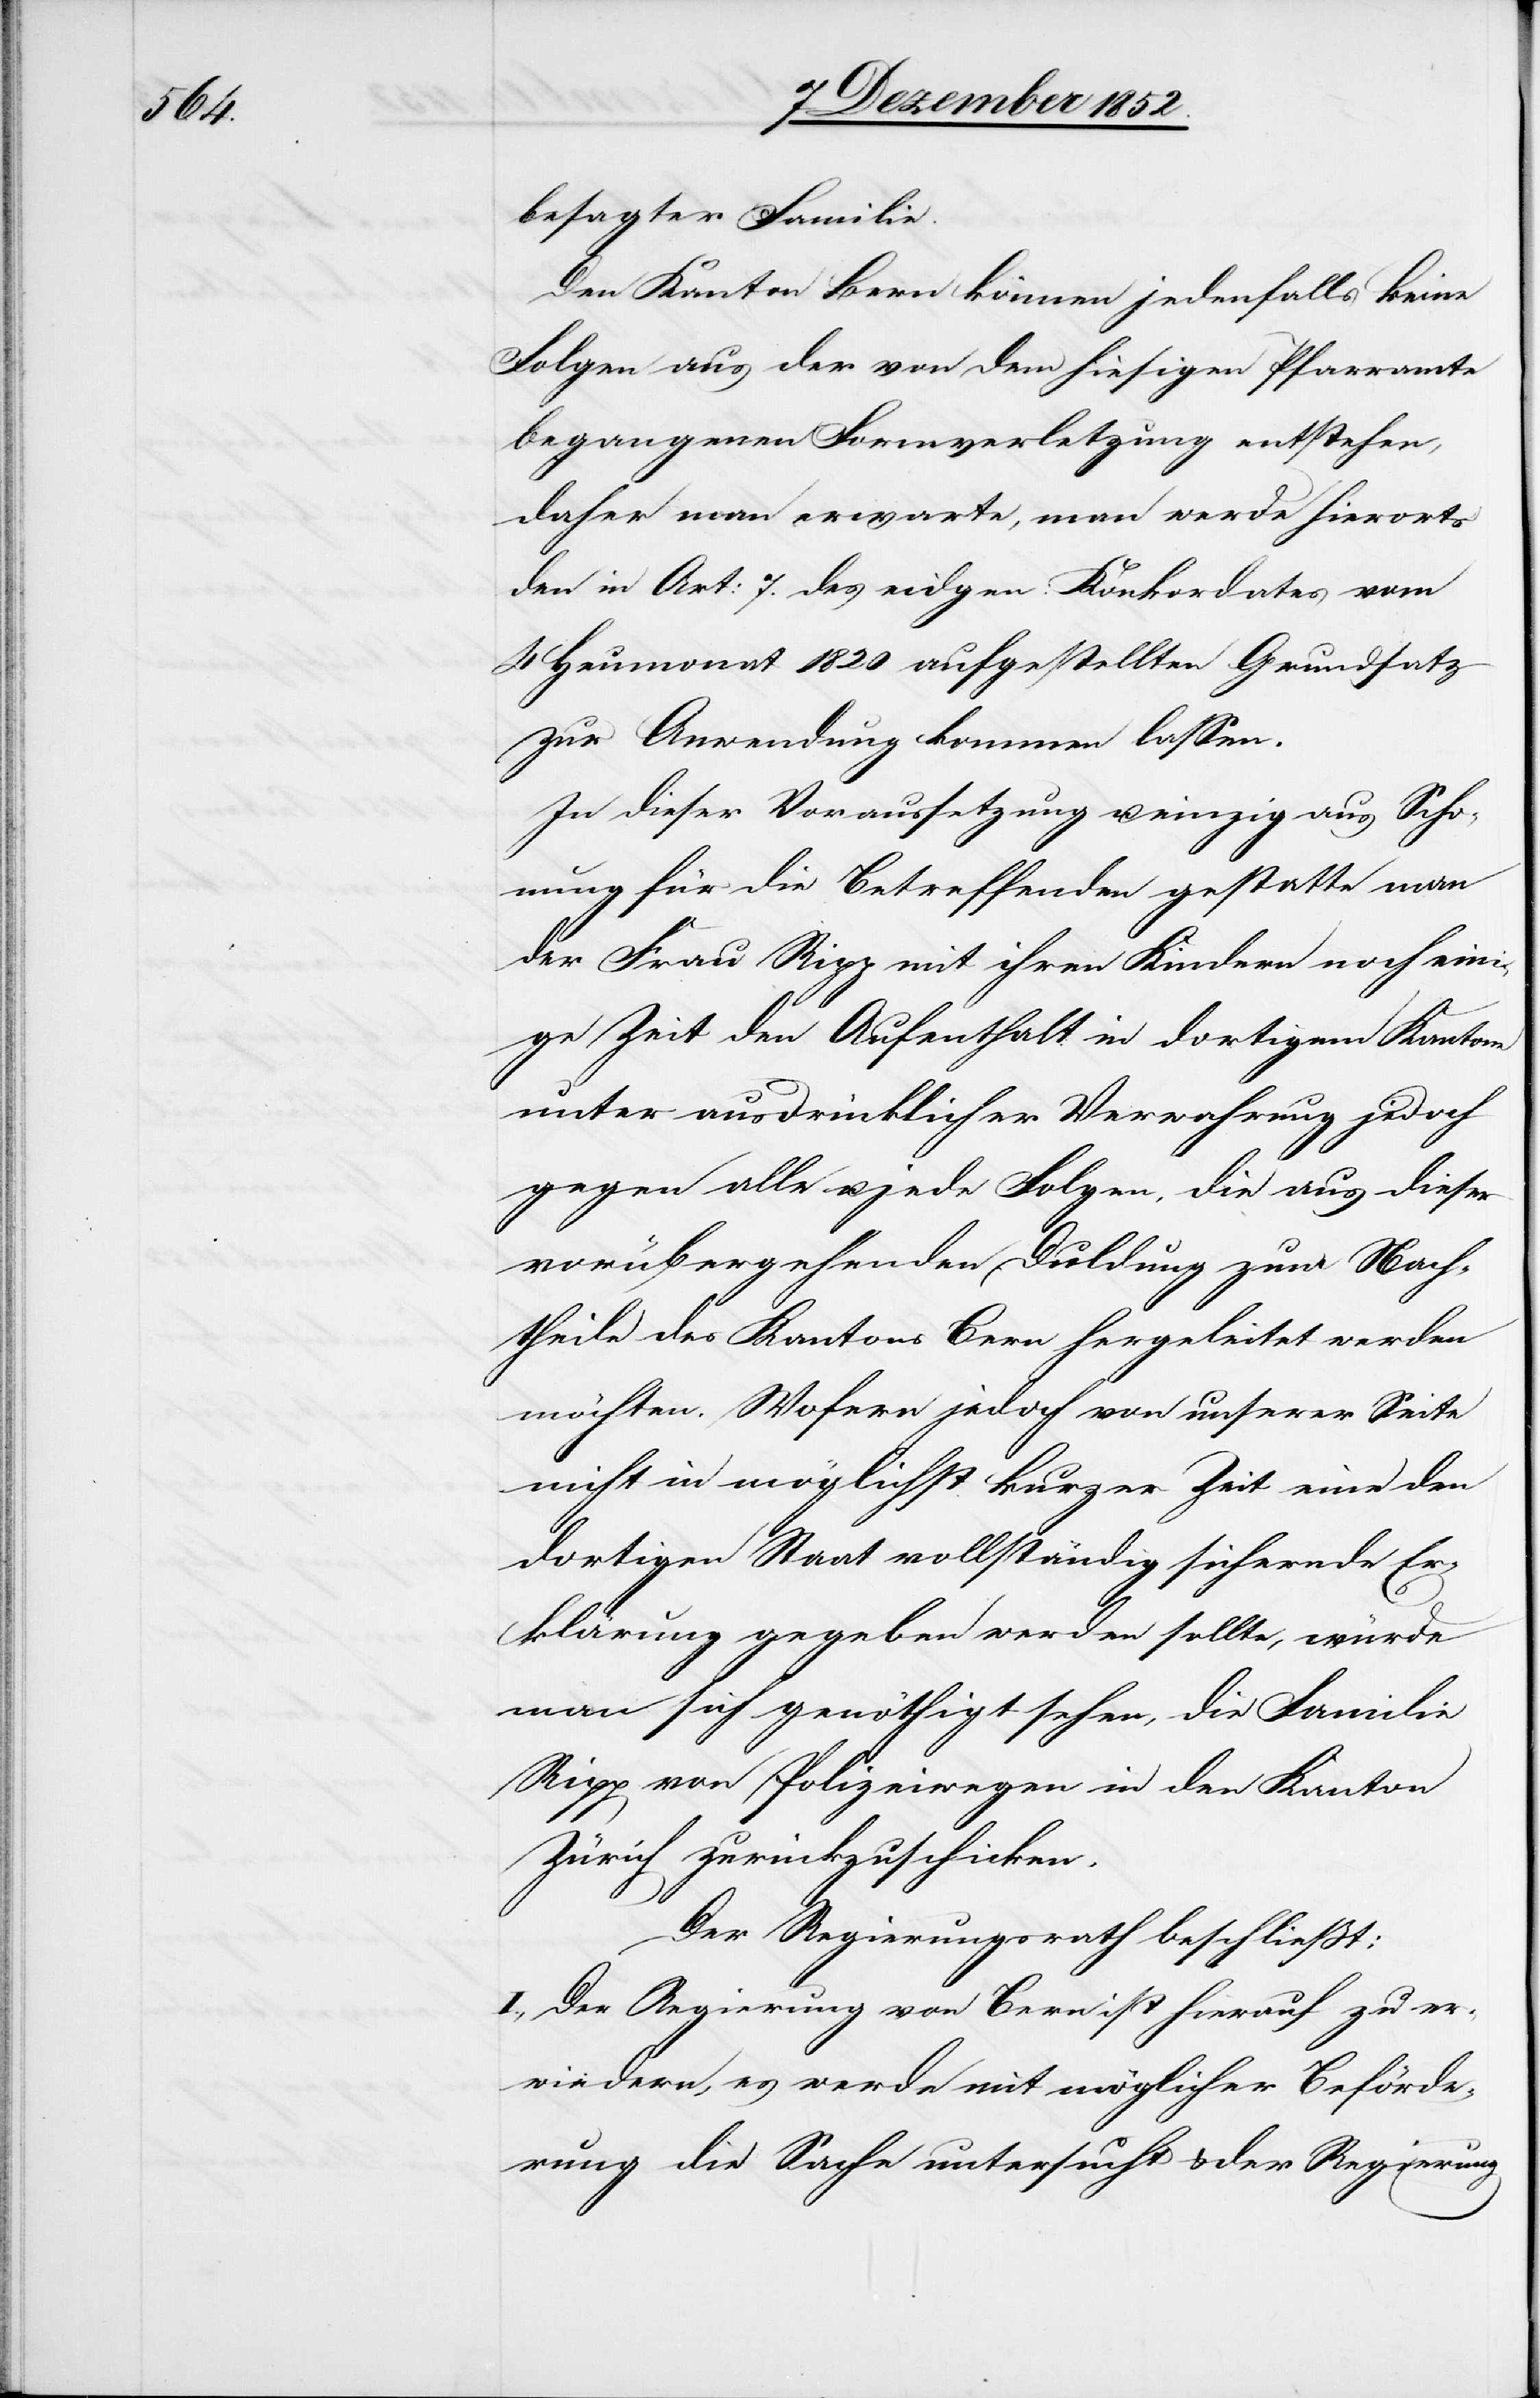
besagter Familie.
Kanton Bern können jedenfalls keine
Folgen aus der von dem hiesigen Pfarramte
begangenen Formverletzung entstehen,
daher man erwarte, man werde hierorts
den in Art: 7. des eidgen: Konkordates vom
4 Heumonat 1820 aufgestellten Grundsatz
zur Anwendung kommen lassen.
In dieser Voraussetzung u. einzig aus Scho¬
nung für die Betreffenden gestatte man
der Frau Ripp mit ihren Kindern noch eini¬
ge Zeit den Aufenthalt in dortigem Kantone
unter ausdrücklicher Verwahrung jedoch
gegen alle u. jede Folgen, die aus dieser
vorübergehenden Duldung zum Nach¬
theile des Kantons Bern hergeleitet werden
möchten. Wofern jedoch von unserer Seite
nicht in möglichst kurzer Zeit eine den
dortigen Staat vollständig sichernde Er¬
klärung gegeben werden sollte, würde
man sich genöthigt sehen, die Familie
Ripp von Polizeiwegen in den Kanton
Zürich zurückzuschicken.
Der Regierungsrath beschließt:
I., Der Regierung von Bern ist hierauf zu er¬
wiedern, es werde mit möglicher Beförde¬
rung die Sache untersucht & der [sic!]